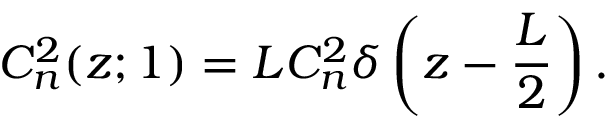
C _ { n } ^ { 2 } ( z ; 1 ) = L C _ { n } ^ { 2 } \delta \left( z - \frac { L } { 2 } \right) .